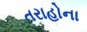
તરાહોના